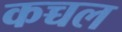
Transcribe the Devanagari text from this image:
कच्चल